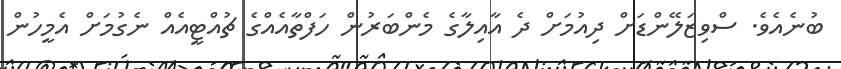
ބުނެއެވެ. ސްވިޒަލޭންޑަށް ދިއުމަށް ދެ އާއިލާގެ މެންބަރުން ހަފްތާއެއްގެ ޗުއްޓީއެއް ނެގުމަށް އެމީހުން